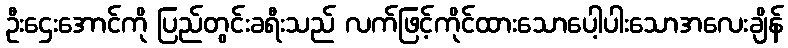
ဦးဌေးအောင်ကို ပြည်တွင်းခရီးသည် လက်ဖြင့်ကိုင်ထားသောပေါ့ပါးသောအလေးချိန်